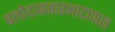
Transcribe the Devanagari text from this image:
बलोदाबज़ारभाटापारा